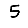
Digit: 5